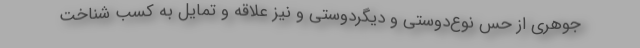
جوهری از حس نوع‌دوستی و دیگردوستی و نیز علاقه و تمایل به کسب شناخت